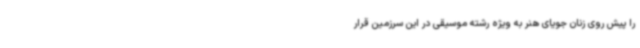
را پیش روی زنان جویای هنر به ویژه رشته موسیقی در این سرزمین قرار